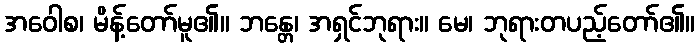
အဝေါစ၊ မိန့်တော်မူ၏။ ဘန္တေ၊ အရှင်ဘုရား။ မေ၊ ဘုရားတပည့်တော်၏။